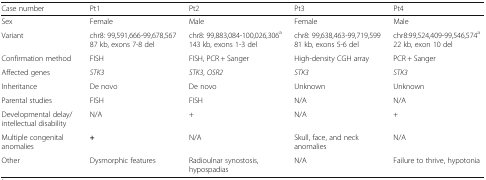
<table><thead><tr><td><b>Case number</b></td><td><b>Pt1</b></td><td><b>Pt2</b></td><td><b>Pt3</b></td><td><b>Pt4</b></td></tr></thead><tbody><tr><td>Sex</td><td>Female</td><td>Male</td><td>Female</td><td>Male</td></tr><tr><td>Variant</td><td>chr8: 99,591,666-99,678,567 87 kb, exons 7-8 del</td><td>chr8: 99,883,084-100,026,306<sup>a</sup> 143 kb, exons 1-3 del</td><td>chr8: 99,638,463-99,719,599 81 kb, exons 5-6 del</td><td>chr8:99,524,409-99,546,574<sup>a</sup> 22 kb, exon 10 del</td></tr><tr><td>Confirmation method</td><td>FISH</td><td>FISH, PCR + Sanger</td><td>High-density CGH array</td><td>PCR + Sanger</td></tr><tr><td>Affected genes</td><td><i>STK3</i></td><td><i>STK3</i>, <i>OSR2</i></td><td><i>STK3</i></td><td><i>STK3</i></td></tr><tr><td>Inheritance</td><td>De novo</td><td>De novo</td><td>Unknown</td><td>Unknown</td></tr><tr><td>Parental studies</td><td>FISH</td><td>FISH</td><td>N/A</td><td>N/A</td></tr><tr><td>Developmental delay/intellectual disability</td><td>N/A</td><td>+</td><td>N/A</td><td>+</td></tr><tr><td>Multiple congenital anomalies</td><td><b>+</b></td><td>N/A</td><td>Skull, face, and neck anomalies</td><td>N/A</td></tr><tr><td>Other</td><td>Dysmorphic features</td><td>Radioulnar synostosis, hypospadias</td><td>N/A</td><td>Failure to thrive, hypotonia</td></tr></tbody></table>